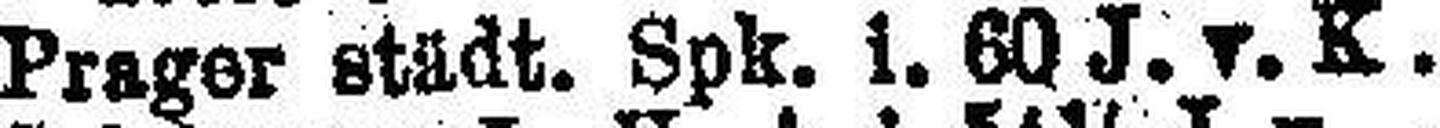
Prager städt. Spk. i. 60 J. v. K. 4